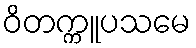
ဝိတက္ကူပသမေ